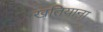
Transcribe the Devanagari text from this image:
खतियाना